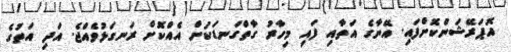
އޮޕަރޭޝަންކޮށްފައި. އޭނާގެ އަތާއި ފައި މިހާރު ގާތްގަނޑަކަށް އެއްކޮށް ރަނގަޅުވެއްޖެ. އަދި އަތުގެ